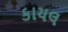
કાયલ